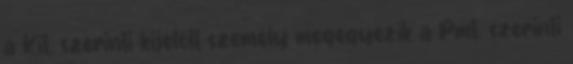
a Kit. szerinti kijelölt személy megegyezik a Pmt. szerinti